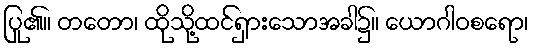
ပြု၏။ တတော၊ ထိုသို့ထင်ရှားသောအခါ၌။ ယောဂါဝစရော၊